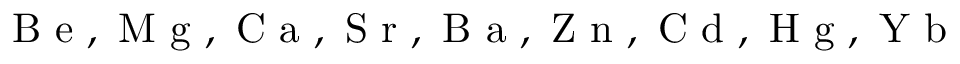
\mathrm { ~ B ~ e ~ , ~ M ~ g ~ , ~ C ~ a ~ , ~ S ~ r ~ , ~ B ~ a ~ , ~ Z ~ n ~ , ~ C ~ d ~ , ~ H ~ g ~ , ~ Y ~ b ~ }